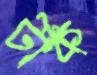
টাঁক